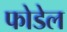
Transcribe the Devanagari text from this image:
फोडेल